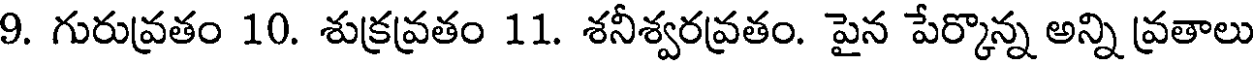
9. గురువ్రతం 10. శుక్రవ్రతం 11. శనీశ్వరవ్రతం. పైన పేర్కొన్న అన్ని వ్రతాలు